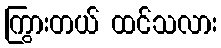
ကြွားတယ် ထင်သလား